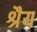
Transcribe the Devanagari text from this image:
श्रैय